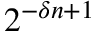
2 ^ { - \delta n + 1 }